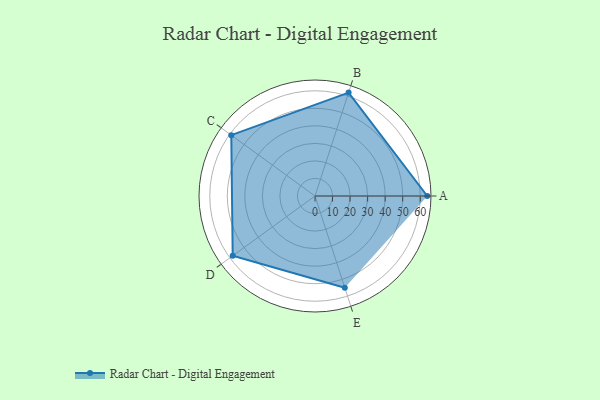
{"axis": {"x": "Skill", "y": "Score"}, "legend": ["Profile"], "data": [{"x": "A", "y": 64.0, "type": "Profile"}, {"x": "B", "y": 62.0, "type": "Profile"}, {"x": "C", "y": 59.0, "type": "Profile"}, {"x": "D", "y": 58.0, "type": "Profile"}, {"x": "E", "y": 55.0, "type": "Profile"}]}